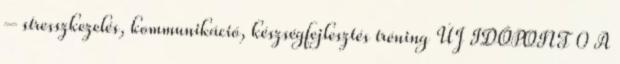
– stresszkezelés, kommunikáció, készségfejlesztés tréning ÚJ IDŐPONT 0 A